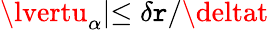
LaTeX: \lvertu_{\alpha}\lvert\leq\delta\mathtt{r}/\deltat